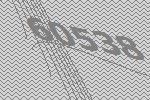
60538